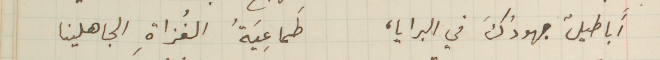
أباطيلٌ جهودُكَ في البرايا، طَماعِيَةُ الغُزاةِ الجاهلينا